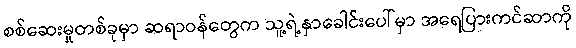
စစ်ဆေးမှုတစ်ခုမှာ ဆရာဝန်တွေက သူ့ရဲ့နှာခေါင်းပေါ်မှာ အရေပြားကင်ဆာကို